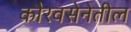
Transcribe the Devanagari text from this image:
कौरवसेनेतील